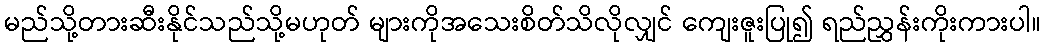
မည်သို့တားဆီးနိုင်သည်သို့မဟုတ် များကိုအသေးစိတ်သိလိုလျှင် ကျေးဇူးပြု၍ ရည်ညွှန်းကိုးကားပါ။